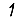
Digit: 1